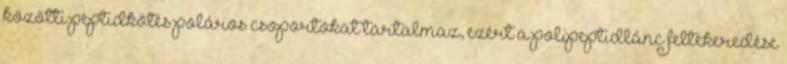
közötti peptidkötés poláros csoportokat tartalmaz, ezért a polipeptidlánc feltekeredése